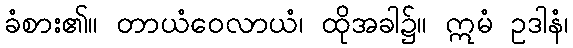
ခံစား၏။ တာယံဝေလာယံ၊ ထိုအခါ၌။ ဣမံ ဥဒါနံ၊